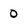
Character: 0